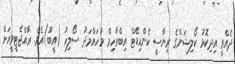
ދެއްވީ އިދިކޮޅު ކޯލިޝަންގެ ރިޔާސީ ކެންޑިޑޭޓް އިބްރާހިމް މުހައްމަދު ސޯލިހު (އީބޫ)އެވެ. ރާއްޖެޓީވީއަށް